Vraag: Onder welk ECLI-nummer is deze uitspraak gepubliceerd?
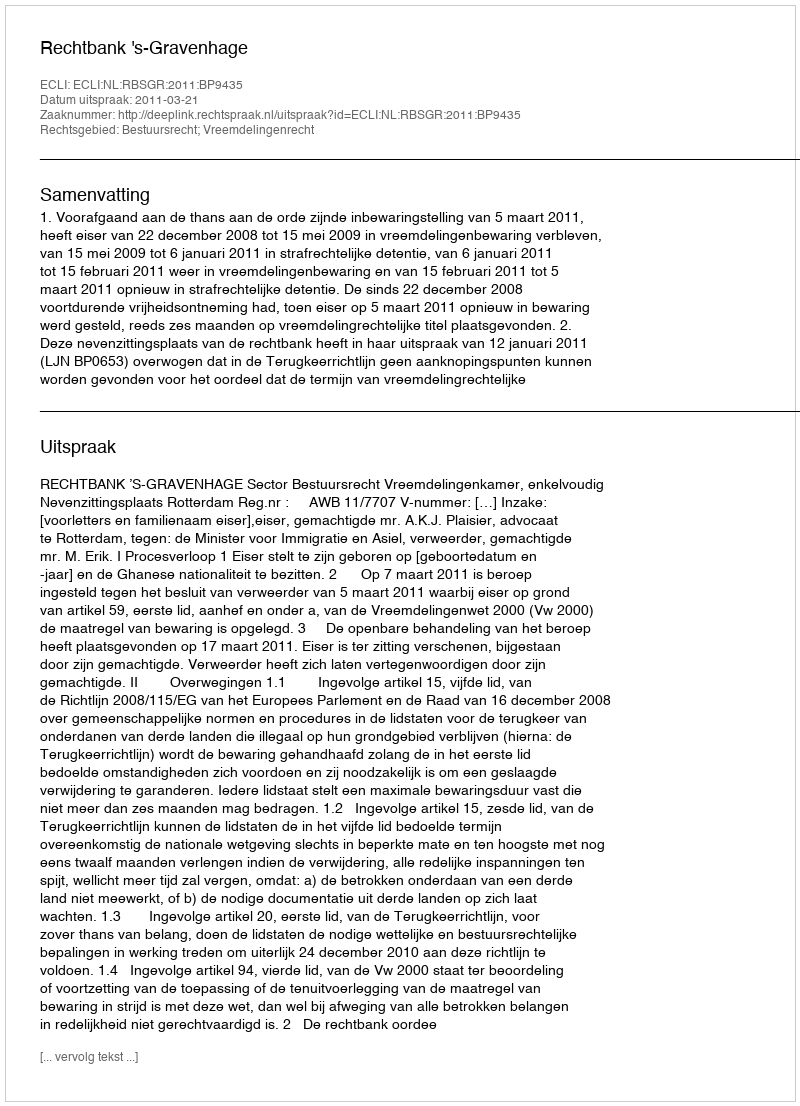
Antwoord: ECLI:NL:RBSGR:2011:BP9435